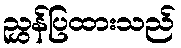
ညွှန်ပြထားသည်